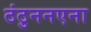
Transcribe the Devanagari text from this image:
ठंठुननएना